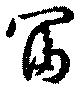
富